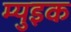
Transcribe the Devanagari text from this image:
म्युइक